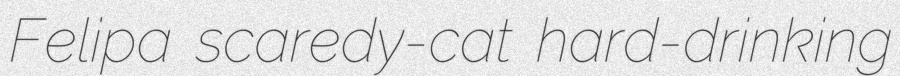
Felipa scaredy-cat hard-drinking